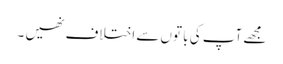
مجھے آپ کی با توں سے اختلاف نھیں ۔